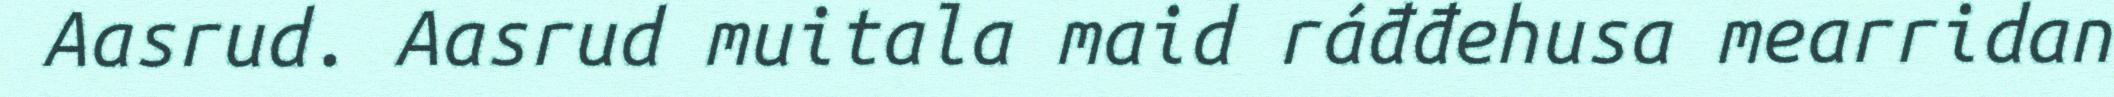
Aasrud. Aasrud muitala maid ráđđehusa mearridan